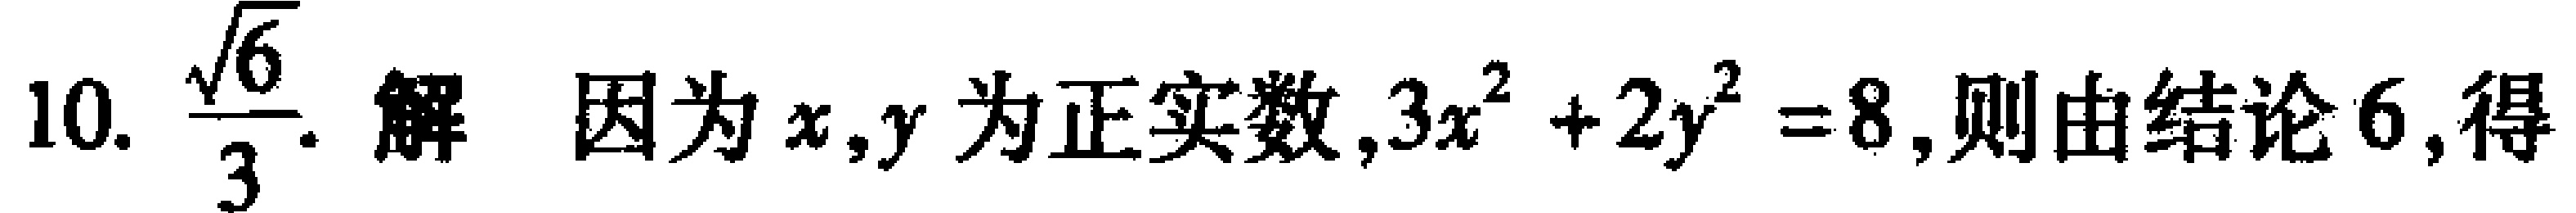
10. $\frac{\sqrt{6}}{3}$. 解 因为$x,y$为正实数,$3x^{2}+2y^{2}=8$,则由结论6,得